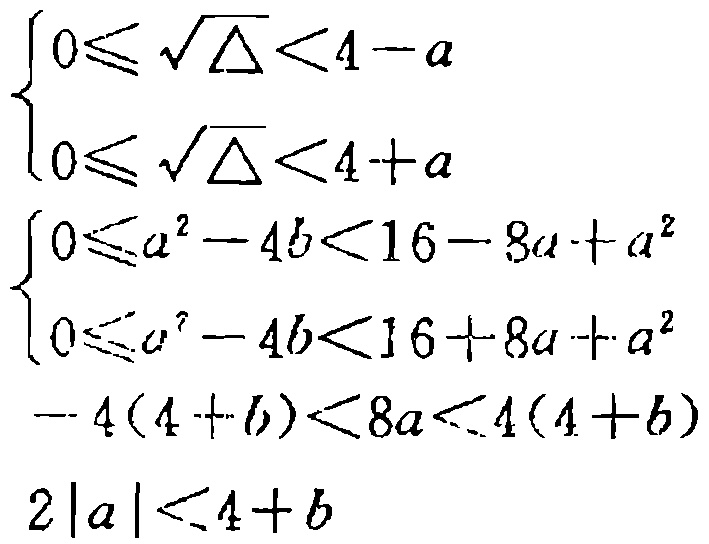
\[
\begin{cases}
0\leqslant\sqrt{\Delta}<4 - a \\
0\leqslant\sqrt{\Delta}<4 + a \\
\end{cases}
\]
\[
\begin{cases}
0\leqslant a^{2}-4b<16 - 8a + a^{2} \\
0\leqslant a^{2}-4b<16 + 8a + a^{2} \\
\end{cases}
\]
\[-4(4 + b)<8a<4(4 + b)\]
\[2|a|<4 + b\]